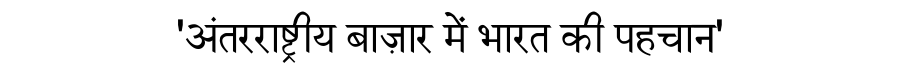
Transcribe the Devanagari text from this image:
'अंतरराष्ट्रीय बाज़ार में भारत की पहचान'